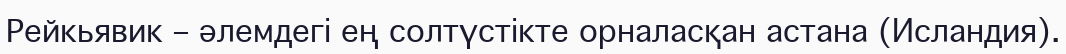
Рейкьявик – әлемдегі ең солтүстікте орналасқан астана (Исландия).